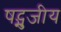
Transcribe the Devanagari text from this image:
षट्भुजीय